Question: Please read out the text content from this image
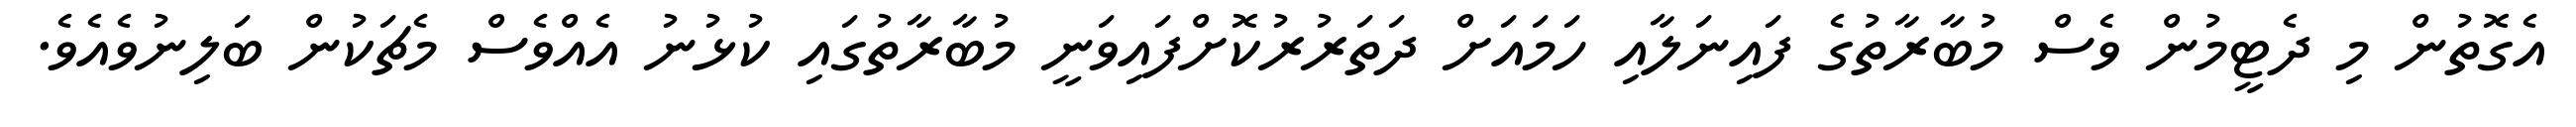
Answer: އެގޮތުން މި ދެޓީމުން ވެސް މުބާރާތުގެ ފައިނަލާއި ހަމައަށް ދަތަރުރުކޮށްފައިވަނީ މުބާރާތުގައި ކުޅުނު އެއްވެސް މެޗަކުން ބަލިނުވެއެވެ.